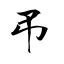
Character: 弔